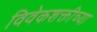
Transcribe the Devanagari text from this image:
विवेकशक्तीच्या